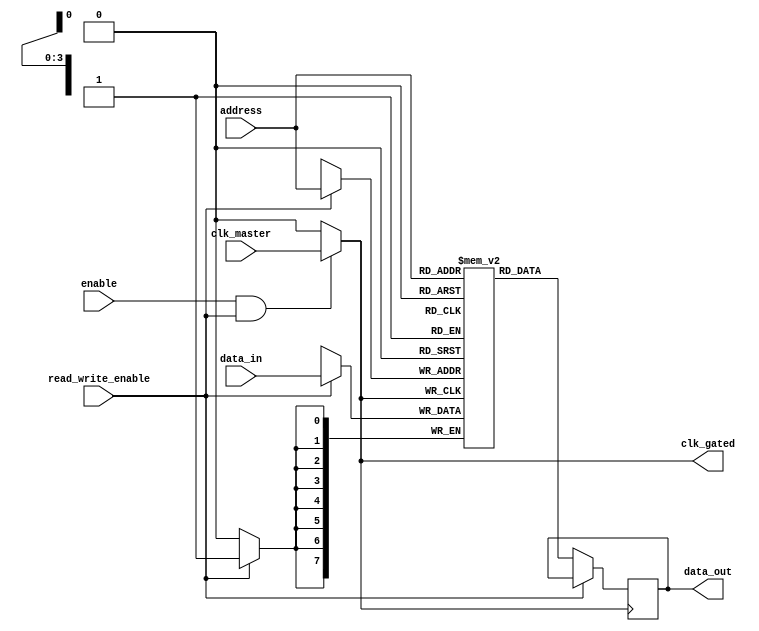
module conditional_clock_gating (
    input wire clk_master,           // Master clock signal
    input wire enable,               // Control signal to enable clock gating
    input wire read_write_enable,    // control signal for read/write operations
    input wire [3:0] address,        // Address for the memory access
    input wire [7:0] data_in,        // Data input for write operations
    output reg [7:0] data_out,       // Data output for read operations
    output reg clk_gated             // Gated clock output
);

// Memory array declaration (for example, 16x8 bits)
reg [7:0] memory_array [0:15];

// Clock gating logic
always @(*) begin
    if (enable && read_write_enable) begin
        clk_gated = clk_master; // Clock is passed through when active
    end else begin
        clk_gated = 1'b0; // Clock is gated (disabled) when idle
    end
end

// Memory operation (synchronous read/write)
always @(posedge clk_gated) begin
    if (read_write_enable) begin
        // Write operation
        memory_array[address] <= data_in;
    end else begin
        // Read operation
        data_out <= memory_array[address];
    end
end

endmodule